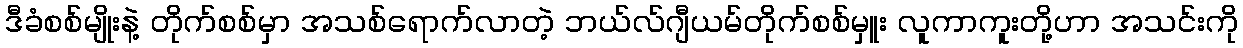
ဒီခံစစ်မျိုးနဲ့ တိုက်စစ်မှာ အသစ်ရောက်လာတဲ့ ဘယ်လ်ဂျီယမ်တိုက်စစ်မှူး လူကာကူးတို့ဟာ အသင်းကို